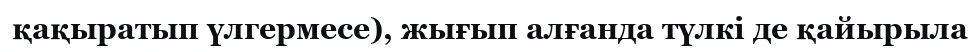
қақыратып үлгермесе), жығып алғанда түлкі де қайырыла